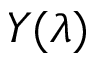
Y ( \lambda )